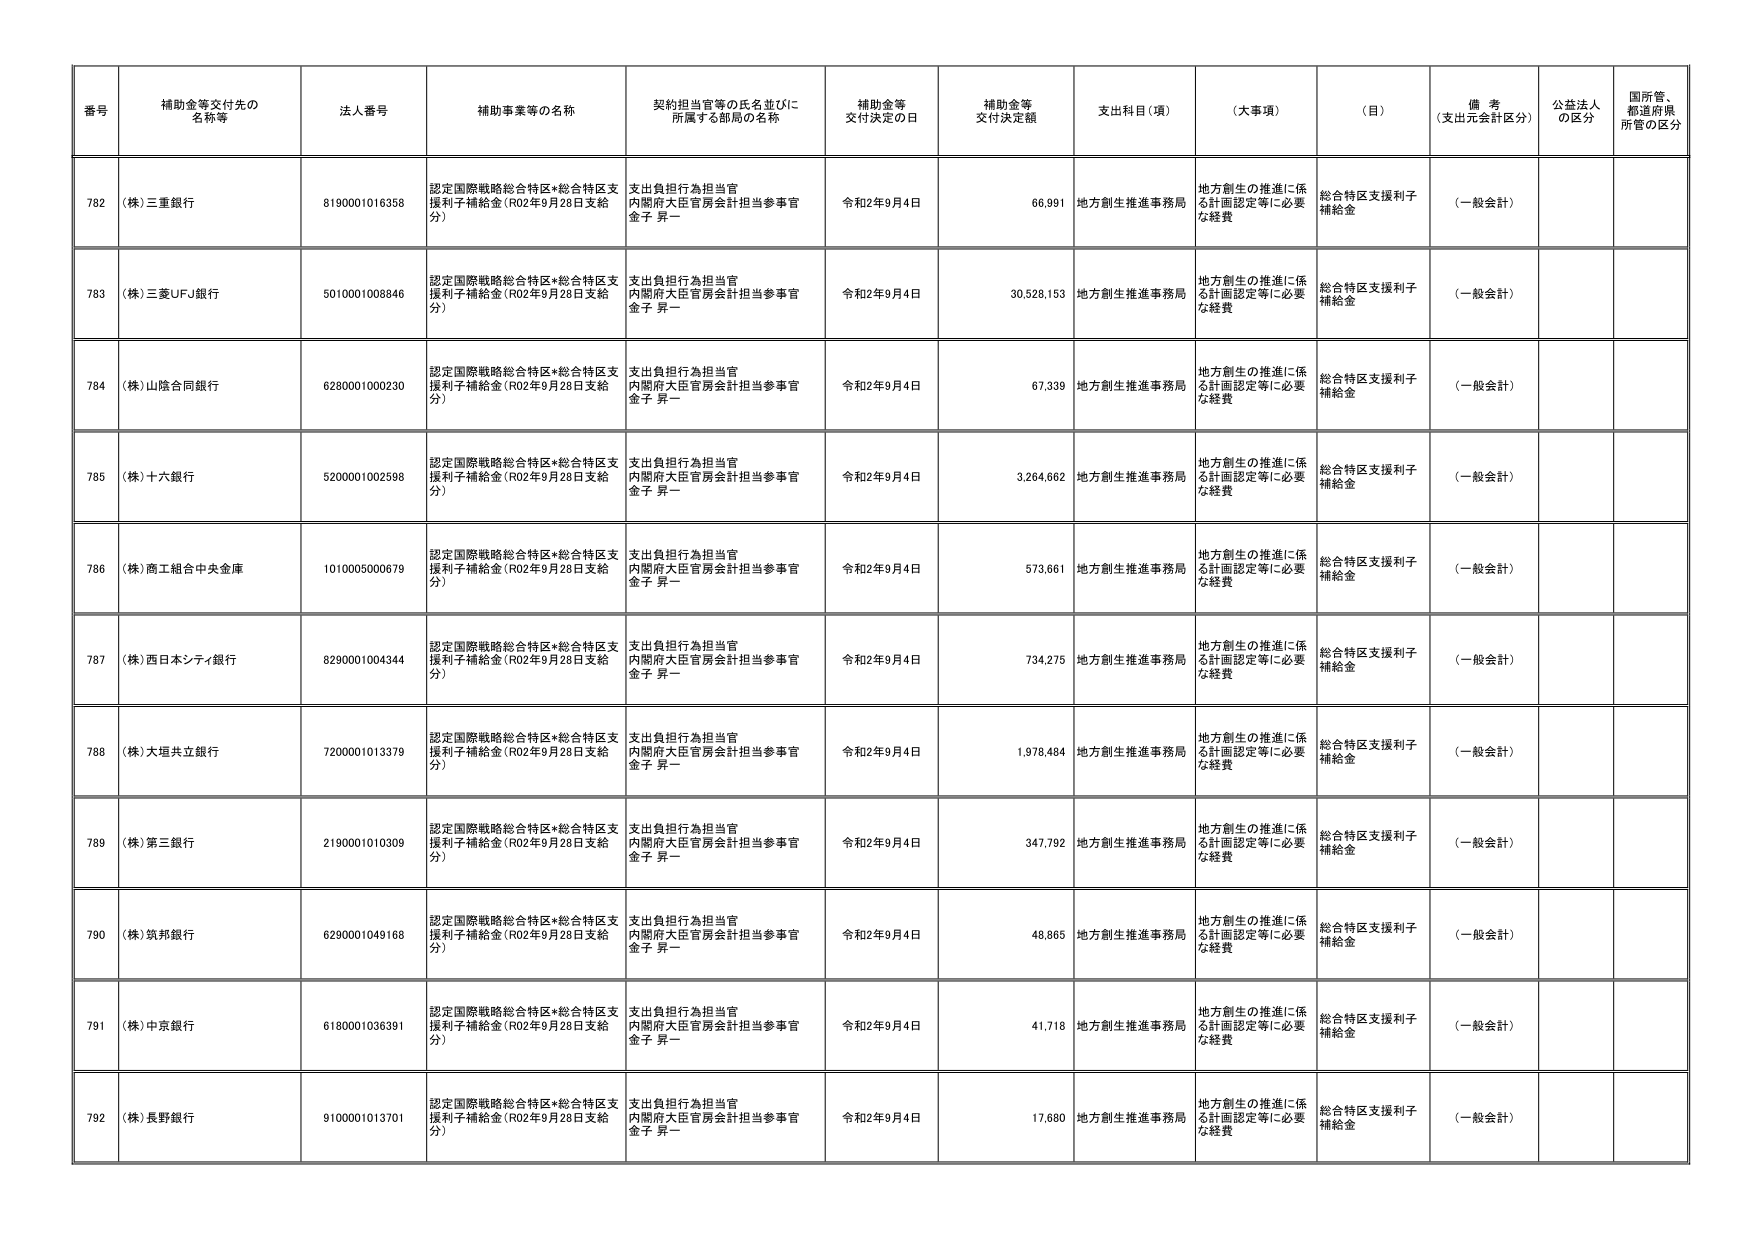
番号 補助金等交付先の名称等 法人番号 補助事業等の名称 契約担当官等の氏名並びに所属する部局の名称 補助金等交付決定の日 補助金等交付決定額 支出科目（項） （大事項） （目） 備考（支出元会計区分） 公益法人の区分 国所管、都道府県所管の区分
782 （株）三重銀行 8190001016358 認定国際戦略総合特区*総合特区支援利子補給金（R02年9月28日支給分） 支出負担行為担当官 内閣府大臣官房会計担当参事官 金子 昇一 令和2年9月4日 66,991 地方創生推進事務局 地方創生の推進に係る計画認定等に必要な経費 総合特区支援利子補給金 （一般会計）
783 （株）三菱UFJ銀行 5010001008846 認定国際戦略総合特区*総合特区支援利子補給金（R02年9月28日支給分） 支出負担行為担当官 内閣府大臣官房会計担当参事官 金子 昇一 令和2年9月4日 30,528,153 地方創生推進事務局 地方創生の推進に係る計画認定等に必要な経費 総合特区支援利子補給金 （一般会計）
784 （株）山陰合同銀行 6280001000230 認定国際戦略総合特区*総合特区支援利子補給金（R02年9月28日支給分） 支出負担行為担当官 内閣府大臣官房会計担当参事官 金子 昇一 令和2年9月4日 67,339 地方創生推進事務局 地方創生の推進に係る計画認定等に必要な経費 総合特区支援利子補給金 （一般会計）
785 （株）十六銀行 5200001002598 認定国際戦略総合特区*総合特区支援利子補給金（R02年9月28日支給分） 支出負担行為担当官 内閣府大臣官房会計担当参事官 金子 昇一 令和2年9月4日 3,264,662 地方創生推進事務局 地方創生の推進に係る計画認定等に必要な経費 総合特区支援利子補給金 （一般会計）
786 （株）商工組合中央金庫 1010005000679 認定国際戦略総合特区*総合特区支援利子補給金（R02年9月28日支給分） 支出負担行為担当官 内閣府大臣官房会計担当参事官 金子 昇一 令和2年9月4日 573,661 地方創生推進事務局 地方創生の推進に係る計画認定等に必要な経費 総合特区支援利子補給金 （一般会計）
787 （株）西日本シティ銀行 8290001004344 認定国際戦略総合特区*総合特区支援利子補給金（R02年9月28日支給分） 支出負担行為担当官 内閣府大臣官房会計担当参事官 金子 昇一 令和2年9月4日 734,275 地方創生推進事務局 地方創生の推進に係る計画認定等に必要な経費 総合特区支援利子補給金 （一般会計）
788 （株）大垣共立銀行 7200001013379 認定国際戦略総合特区*総合特区支援利子補給金（R02年9月28日支給分） 支出負担行為担当官 内閣府大臣官房会計担当参事官 金子 昇一 令和2年9月4日 1,978,484 地方創生推進事務局 地方創生の推進に係る計画認定等に必要な経費 総合特区支援利子補給金 （一般会計）
789 （株）第三銀行 2190001010309 認定国際戦略総合特区*総合特区支援利子補給金（R02年9月28日支給分） 支出負担行為担当官 内閣府大臣官房会計担当参事官 金子 昇一 令和2年9月4日 347,792 地方創生推進事務局 地方創生の推進に係る計画認定等に必要な経費 総合特区支援利子補給金 （一般会計）
790 （株）筑邦銀行 6290001049168 認定国際戦略総合特区*総合特区支援利子補給金（R02年9月28日支給分） 支出負担行為担当官 内閣府大臣官房会計担当参事官 金子 昇一 令和2年9月4日 48,865 地方創生推進事務局 地方創生の推進に係る計画認定等に必要な経費 総合特区支援利子補給金 （一般会計）
791 （株）中京銀行 6180001036391 認定国際戦略総合特区*総合特区支援利子補給金（R02年9月28日支給分） 支出負担行為担当官 内閣府大臣官房会計担当参事官 金子 昇一 令和2年9月4日 41,718 地方創生推進事務局 地方創生の推進に係る計画認定等に必要な経費 総合特区支援利子補給金 （一般会計）
792 （株）長野銀行 9100001013701 認定国際戦略総合特区*総合特区支援利子補給金（R02年9月28日支給分） 支出負担行為担当官 内閣府大臣官房会計担当参事官 金子 昇一 令和2年9月4日 17,680 地方創生推進事務局 地方創生の推進に係る計画認定等に必要な経費 総合特区支援利子補給金 （一般会計）